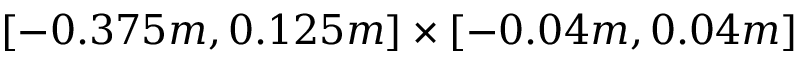
\left[ - 0 . 3 7 5 m , 0 . 1 2 5 m \right] \times \left[ - 0 . 0 4 m , 0 . 0 4 m \right]